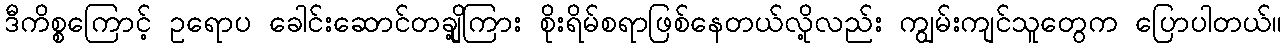
ဒီကိစ္စကြောင့် ဥရောပ ခေါင်းဆောင်တချို့ကြား စိုးရိမ်စရာဖြစ်နေတယ်လို့လည်း ကျွမ်းကျင်သူတွေက ပြောပါတယ်။